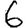
Digit: 6